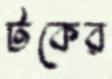
টকের